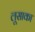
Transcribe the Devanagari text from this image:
लूसाका